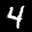
Label: 4